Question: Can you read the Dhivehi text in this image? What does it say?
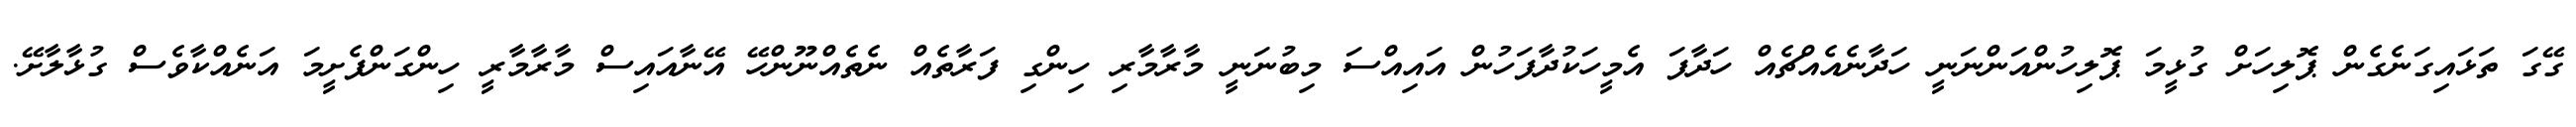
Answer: ގޭގަ ތަޅައިގަނެގެން ޕޮލިހަށް ގުޅީމަ ޕޮލިހުންއަންނަނީ ހަދާނެއެއްޗެއް ހަދާފަ އެމީހަކުދާފަހުން އައިއްސަ މިބުނަނީ މާރާމާރި ހިންގި ފަރާތެއް ނެތެއްނޫންހޭ އޭނާއައިސް މާރާމާރީ ހިންގަންފެށީމަ އަނެއްކާވެސް ގުޅާލާށޭ.